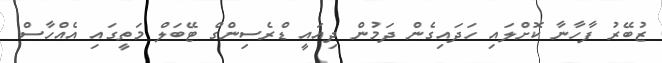
ޒުބޭރު ފާހާނާ ކޮށްލައި ހަދައިގެން ދަމުން ދިއައީ ޑްރެސިންގް ޓޭބަލް މަތީގައި އެއްހާސް